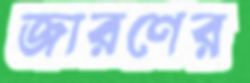
জারণের